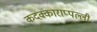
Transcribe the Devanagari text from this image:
कदक्काराप्पल्ली